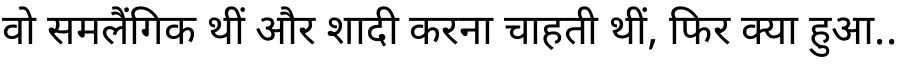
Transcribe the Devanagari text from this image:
वो समलैंगिक थीं और शादी करना चाहती थीं, फिर क्या हुआ..